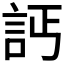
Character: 𧦉